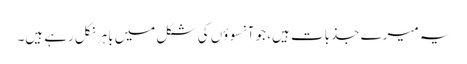
یہ میرے جذبات ہیں، جو آنسوؤں کی شکل میں باہر نکل رہے ہیں۔